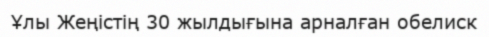
Ұлы Жеңістің 30 жылдығына арналған обелиск